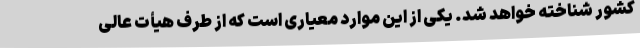
کشور شناخته خواهد شد. یکی از این موارد معیاری است که از طرف هیأت عالی